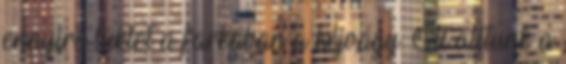
ennyire lüktet a farkában a kéjvágy. Ott álltunk a